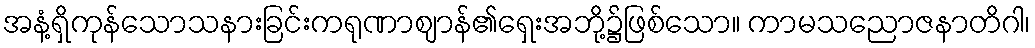
အနံ့ရှိကုန်သောသနားခြင်းကရုဏာဈာန်၏ရှေးအဘို့၌ဖြစ်သော။ ကာမသညောဇနာတိဂါ၊